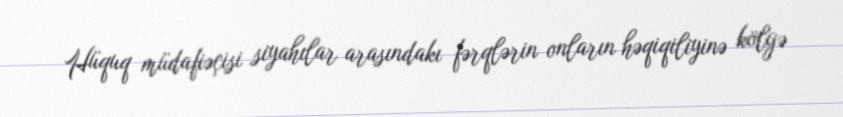
Hüquq müdafiəçisi siyahılar arasındakı fərqlərin onların həqiqiliyinə kölgə